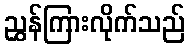
ညွှန်ကြားလိုက်သည်